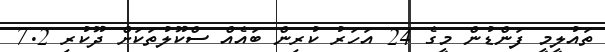
ތައުލީމީ ފަންޑުން މީގެ 24 އަހަރު ކުރިން ބައެއް ސްކޫލުތަކަށް ދޫކުރި 7.2